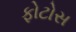
ફોટોસ